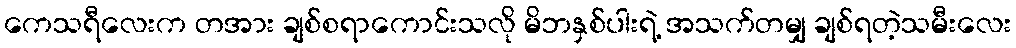
ကေသရီလေးက တအား ချစ်စရာကောင်းသလို မိဘနှစ်ပါးရဲ့ အသက်တမျှ ချစ်ရတဲ့သမီးလေး